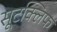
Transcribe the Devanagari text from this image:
सूटक्लिफ